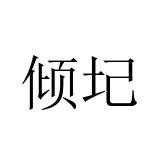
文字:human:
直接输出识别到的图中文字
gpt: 倾圮